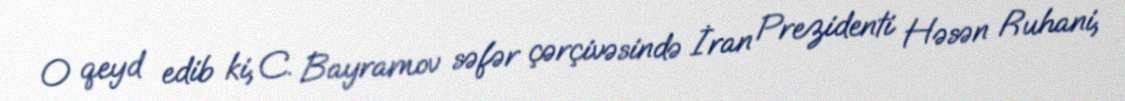
O qeyd edib ki, C. Bayramov səfər çərçivəsində İran Prezidenti Həsən Ruhani,